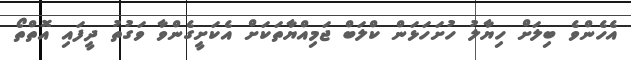
އެހެންވެ ބިލަށް ހިޔާލު ހުށަހަޅަން ކްލަބް ޖަމިއްޔާތަކަށް އެކަށީގެންވާ ވަގުތު ދީފައި އޮތްތޯ